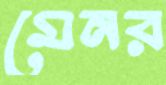
মেনর